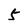
Character: 5